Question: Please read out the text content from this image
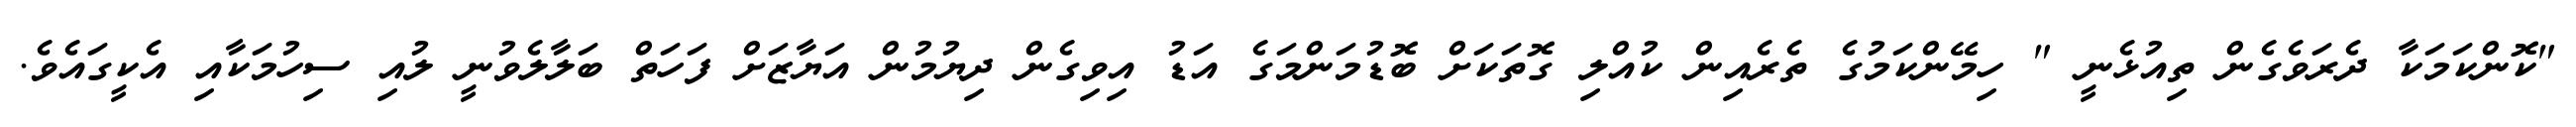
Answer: "ކޮންކަމަކާ ދެރަވެގެން ތިއުޅެނީ " ހިމޭންކަމުގެ ތެރެއިން ކުއްލި ގޮތަކަށް ބޮޑުމަންމަގެ އަޑު އިވިގެން ދިޔުމުން އަޔާޒަށް ފަހަތް ބަލާލެވުނީ ލުއި ސިހުމަކާއި އެކީގައެވެ.